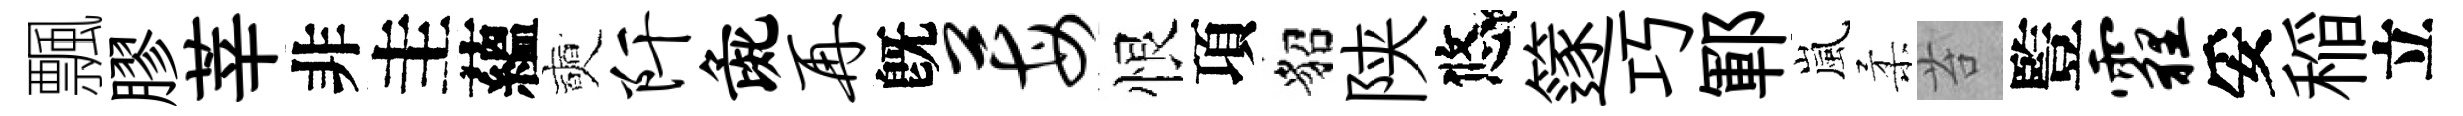
飄膠莘非圭蘊奭阡彘再旣莓恨項貂陕悠篴巧鄆嵐柔苔䜿霾妥稲立